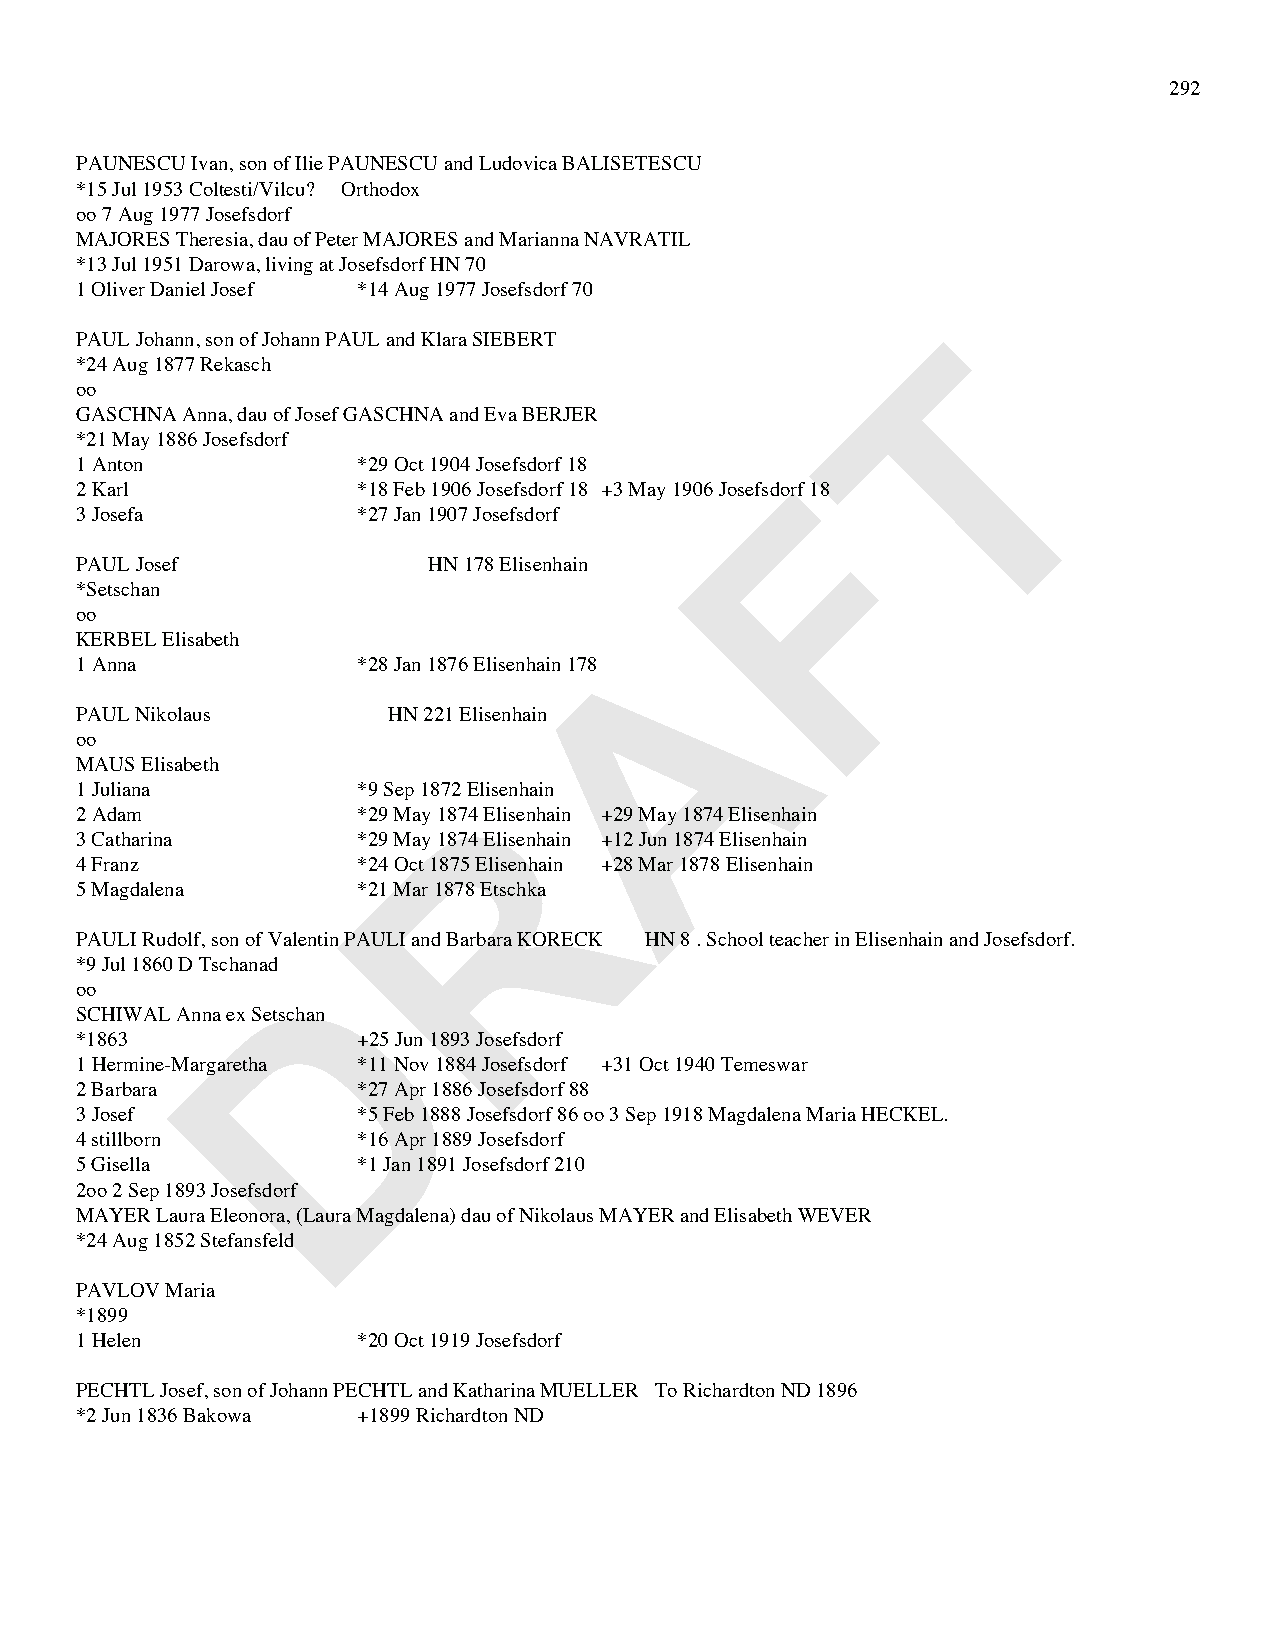
292
 PAUNESCU Ivan, son of Ilie PAUNESCU and Ludovica BALISETESCU
 *15 Jul 1953 Coltesti/Vilcu? Orthodox
 oo 7 Aug 1977 Josefsdorf
 MAJORES Theresia, dau of Peter MAJORES and Marianna NAVRATIL
 *13 Jul 1951 Darowa, living at Josefsdorf HN 70
 1 Oliver Daniel Josef *14 Aug 1977 Josefsdorf 70
 T
 PAUL Johann, son of Johann PAUL and Klara SIEBERT
 *24 Aug 1877 Rekasch
 oo
 GASCHNA Anna, dau of Josef GASCHNA and Eva BERJER
 *21 May 1886 Josefsdorf
 1 Anton            *29 Oct 1904 Josefsdorf 18  F
 2 Karl             *18 Feb 1906 Josefsdorf 18 +3 May 1906 Josefsdorf 18
 3 Josefa           *27 Jan 1907 Josefsdorf
 PAUL Josef             HN 178 Elisenhain
 *Setschan
 oo                                   A
 KERBEL Elisabeth
 1 Anna             *28 Jan 1876 Elisenhain 178
 PAUL Nikolaus        HN 221 Elisenhain
 oo
 MAUS Elisabeth
 R
 1 Juliana          *9 Sep 1872 Elisenhain
 2 Adam             *29 May 1874 Elisenhain +29 May 1874 Elisenhain
 3 Catharina        *29 May 1874 Elisenhain +12 Jun 1874 Elisenhain
 4 Franz            *24 Oct 1875 Elisenhain +28 Mar 1878 Elisenhain
 5 Magdalena        *21 Mar 1878 Etschka
 PAULI Rudolf, son of Valentin PAULI and Barbara KORECK HN 8 . School teacher in Elisenhain and Josefsdorf.
 D
 *9 Jul 1860 D Tschanad
 oo
 SCHIWAL Anna ex Setschan
 *1863              +25 Jun 1893 Josefsdorf
 1 Hermine-Margaretha *11 Nov 1884 Josefsdorf +31 Oct 1940 Temeswar
 2 Barbara          *27 Apr 1886 Josefsdorf 88
 3 Josef            *5 Feb 1888 Josefsdorf 86 oo 3 Sep 1918 Magdalena Maria HECKEL.
 4 stillborn        *16 Apr 1889 Josefsdorf
 5 Gisella          *1 Jan 1891 Josefsdorf 210
 2oo 2 Sep 1893 Josefsdorf
 MAYER Laura Eleonora, (Laura Magdalena) dau of Nikolaus MAYER and Elisabeth WEVER
 *24 Aug 1852 Stefansfeld
 PAVLOV Maria
 *1899
 1 Helen            *20 Oct 1919 Josefsdorf
 PECHTL Josef, son of Johann PECHTL and Katharina MUELLER To Richardton ND 1896
 *2 Jun 1836 Bakowa +1899 Richardton ND